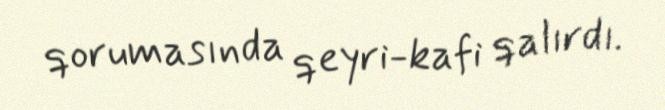
qorumasında qeyri-kafi qalırdı.